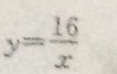
y = \frac { 1 6 } { x }